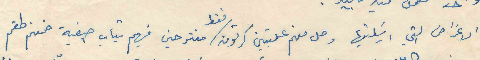
الاغراض التي ارسلتيها وصل منهم علبتين كرتون/فقط مفتوحين فيهم تياب صيفية ضمنهم طقم